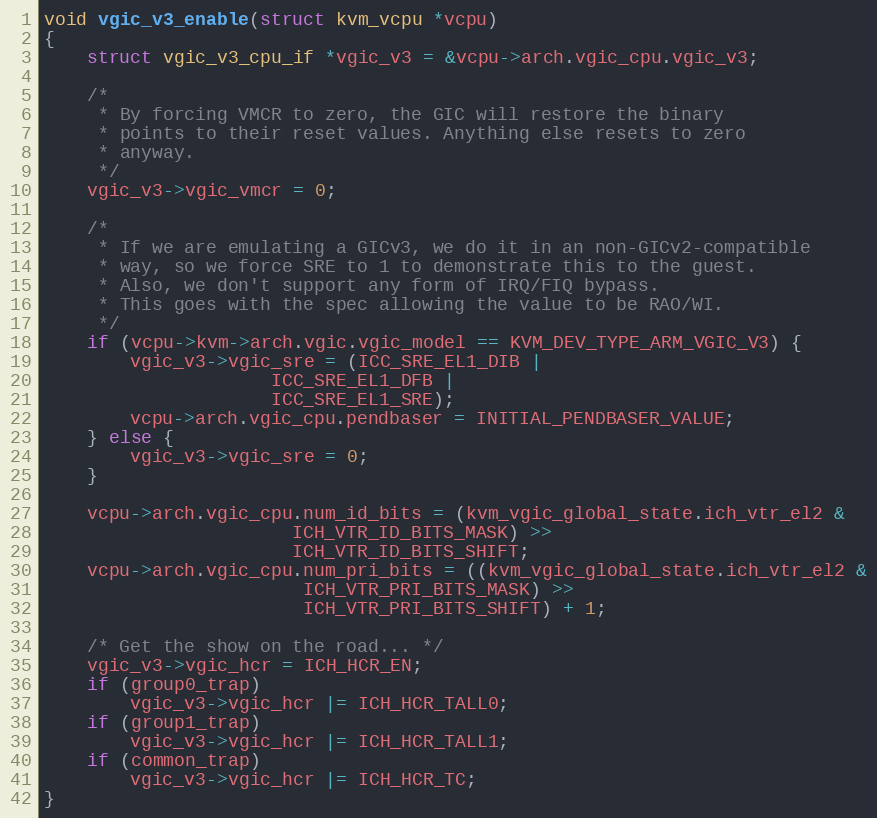
Language: C
void vgic_v3_enable(struct kvm_vcpu *vcpu)
{
	struct vgic_v3_cpu_if *vgic_v3 = &vcpu->arch.vgic_cpu.vgic_v3;

	/*
	 * By forcing VMCR to zero, the GIC will restore the binary
	 * points to their reset values. Anything else resets to zero
	 * anyway.
	 */
	vgic_v3->vgic_vmcr = 0;

	/*
	 * If we are emulating a GICv3, we do it in an non-GICv2-compatible
	 * way, so we force SRE to 1 to demonstrate this to the guest.
	 * Also, we don't support any form of IRQ/FIQ bypass.
	 * This goes with the spec allowing the value to be RAO/WI.
	 */
	if (vcpu->kvm->arch.vgic.vgic_model == KVM_DEV_TYPE_ARM_VGIC_V3) {
		vgic_v3->vgic_sre = (ICC_SRE_EL1_DIB |
				     ICC_SRE_EL1_DFB |
				     ICC_SRE_EL1_SRE);
		vcpu->arch.vgic_cpu.pendbaser = INITIAL_PENDBASER_VALUE;
	} else {
		vgic_v3->vgic_sre = 0;
	}

	vcpu->arch.vgic_cpu.num_id_bits = (kvm_vgic_global_state.ich_vtr_el2 &
					   ICH_VTR_ID_BITS_MASK) >>
					   ICH_VTR_ID_BITS_SHIFT;
	vcpu->arch.vgic_cpu.num_pri_bits = ((kvm_vgic_global_state.ich_vtr_el2 &
					    ICH_VTR_PRI_BITS_MASK) >>
					    ICH_VTR_PRI_BITS_SHIFT) + 1;

	/* Get the show on the road... */
	vgic_v3->vgic_hcr = ICH_HCR_EN;
	if (group0_trap)
		vgic_v3->vgic_hcr |= ICH_HCR_TALL0;
	if (group1_trap)
		vgic_v3->vgic_hcr |= ICH_HCR_TALL1;
	if (common_trap)
		vgic_v3->vgic_hcr |= ICH_HCR_TC;
}